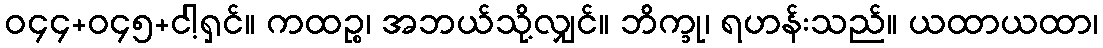
ဝ၄၄+ဝ၄၅+ငါ့ရှင်။ ကထဉ္စ၊ အဘယ်သို့လျှင်။ ဘိက္ခု၊ ရဟန်းသည်။ ယထာယထာ၊